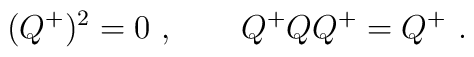
(Q^+)^2=0\ ,\qquad Q^+QQ^+=Q^+\ .